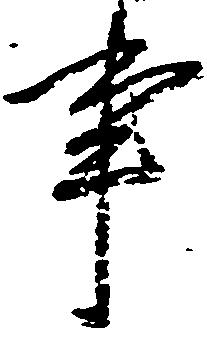
事